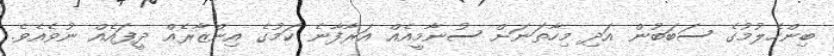
ބިންހެލުމުގެ ސަބަބުން އަދި މިހާތަނަށް ސުނާމީއެއް އަރާފާނެ ކަމުގެ އިންޒާރެއް ދީފައެއް ނުވެއެވެ.